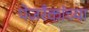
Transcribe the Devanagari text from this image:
पेजरँकांच्या